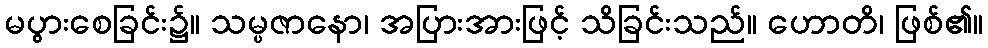
မပွားစေခြင်း၌။ သမ္ပဇာနော၊ အပြားအားဖြင့် သိခြင်းသည်။ ဟောတိ၊ ဖြစ်၏။